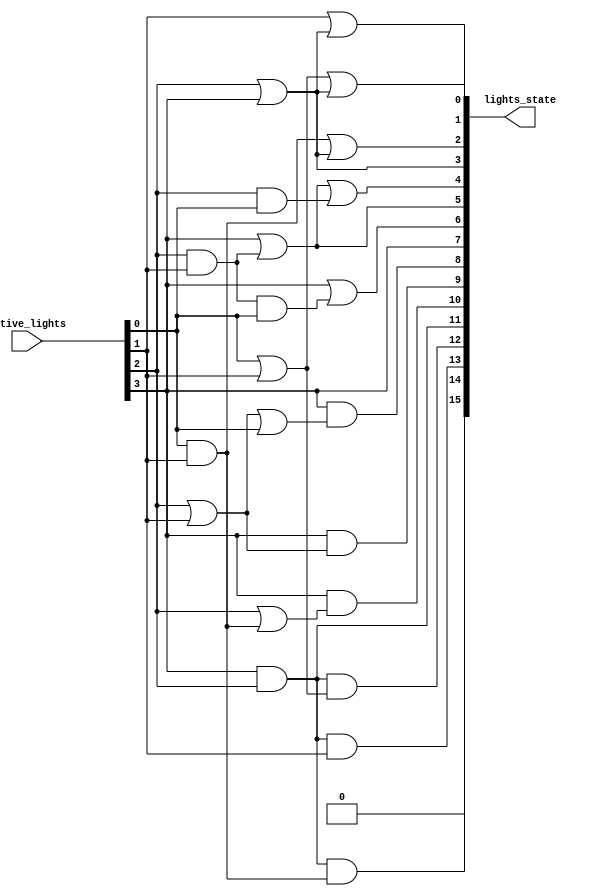
`timescale 1ns / 1ps
//////////////////////////////////////////////////////////////////////////////////
// Company: 
// Engineer: 
// 
// Design Name: 
// Module Name:    LampState 
// Project Name: 
// Target Devices: 
// Tool versions: 
// Description: 
//
// Dependencies: 
//
// Revision: 
// Revision 0.01 - File Created
// Additional Comments: 
//
//////////////////////////////////////////////////////////////////////////////////
module LampState(
		input  [ 3:0] active_lights , // number of active light
		output [15:0] lights_state    // state of lights is on
    );
	 
	assign
		lights_state[0] = (active_lights[0] | active_lights[1]) | (active_lights[2] | active_lights[3]),
		lights_state[1] = active_lights[1] | (active_lights[2] | active_lights[3]),
		lights_state[2] = (active_lights[0] & active_lights[1]) | (active_lights[2] | active_lights[3]),
		lights_state[3] = active_lights[2] | active_lights[3],
		lights_state[4] = active_lights[3] | (active_lights[2] & active_lights[1]) | (active_lights[2] & active_lights[0]),
		lights_state[5] = active_lights[3] | (active_lights[2] & active_lights[1]),
		lights_state[6] = active_lights[3] | ((active_lights[2] & active_lights[1]) & active_lights[0]),
		lights_state[7] = active_lights[3],
		lights_state[8] = active_lights[3] & ((active_lights[2] | active_lights[1]) | active_lights[0]),
		lights_state[9] = active_lights[3] & (active_lights[2] | active_lights[1]),
		lights_state[10] = active_lights[3] & (active_lights[2] | (active_lights[1] & active_lights[0])),
		lights_state[11] = active_lights[3] & active_lights[2],
		lights_state[12] = (active_lights[3] & active_lights[2]) & (active_lights[1] | active_lights[0]),
		lights_state[13] = (active_lights[3] & active_lights[2]) & active_lights[1],
		lights_state[14] = (active_lights[3] & active_lights[2]) & (active_lights[1] & active_lights[0]),
		lights_state[15] = 1'b0;

endmodule